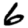
Digit: 6